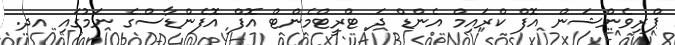
ޕްރިވެންޝަން އޮފް ކްރައިމް އެންޑް ދަ ޓްރީޓްމެންޓް އޮފް އޮފެންޑާސްގެ ނަމުގައި އދ.